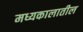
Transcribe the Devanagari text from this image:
मध्यकालातील